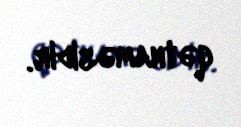
qətnaməsidir.